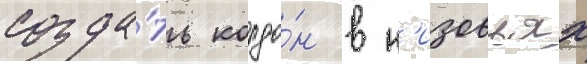
созда́ть кордо́н в н'изовьях